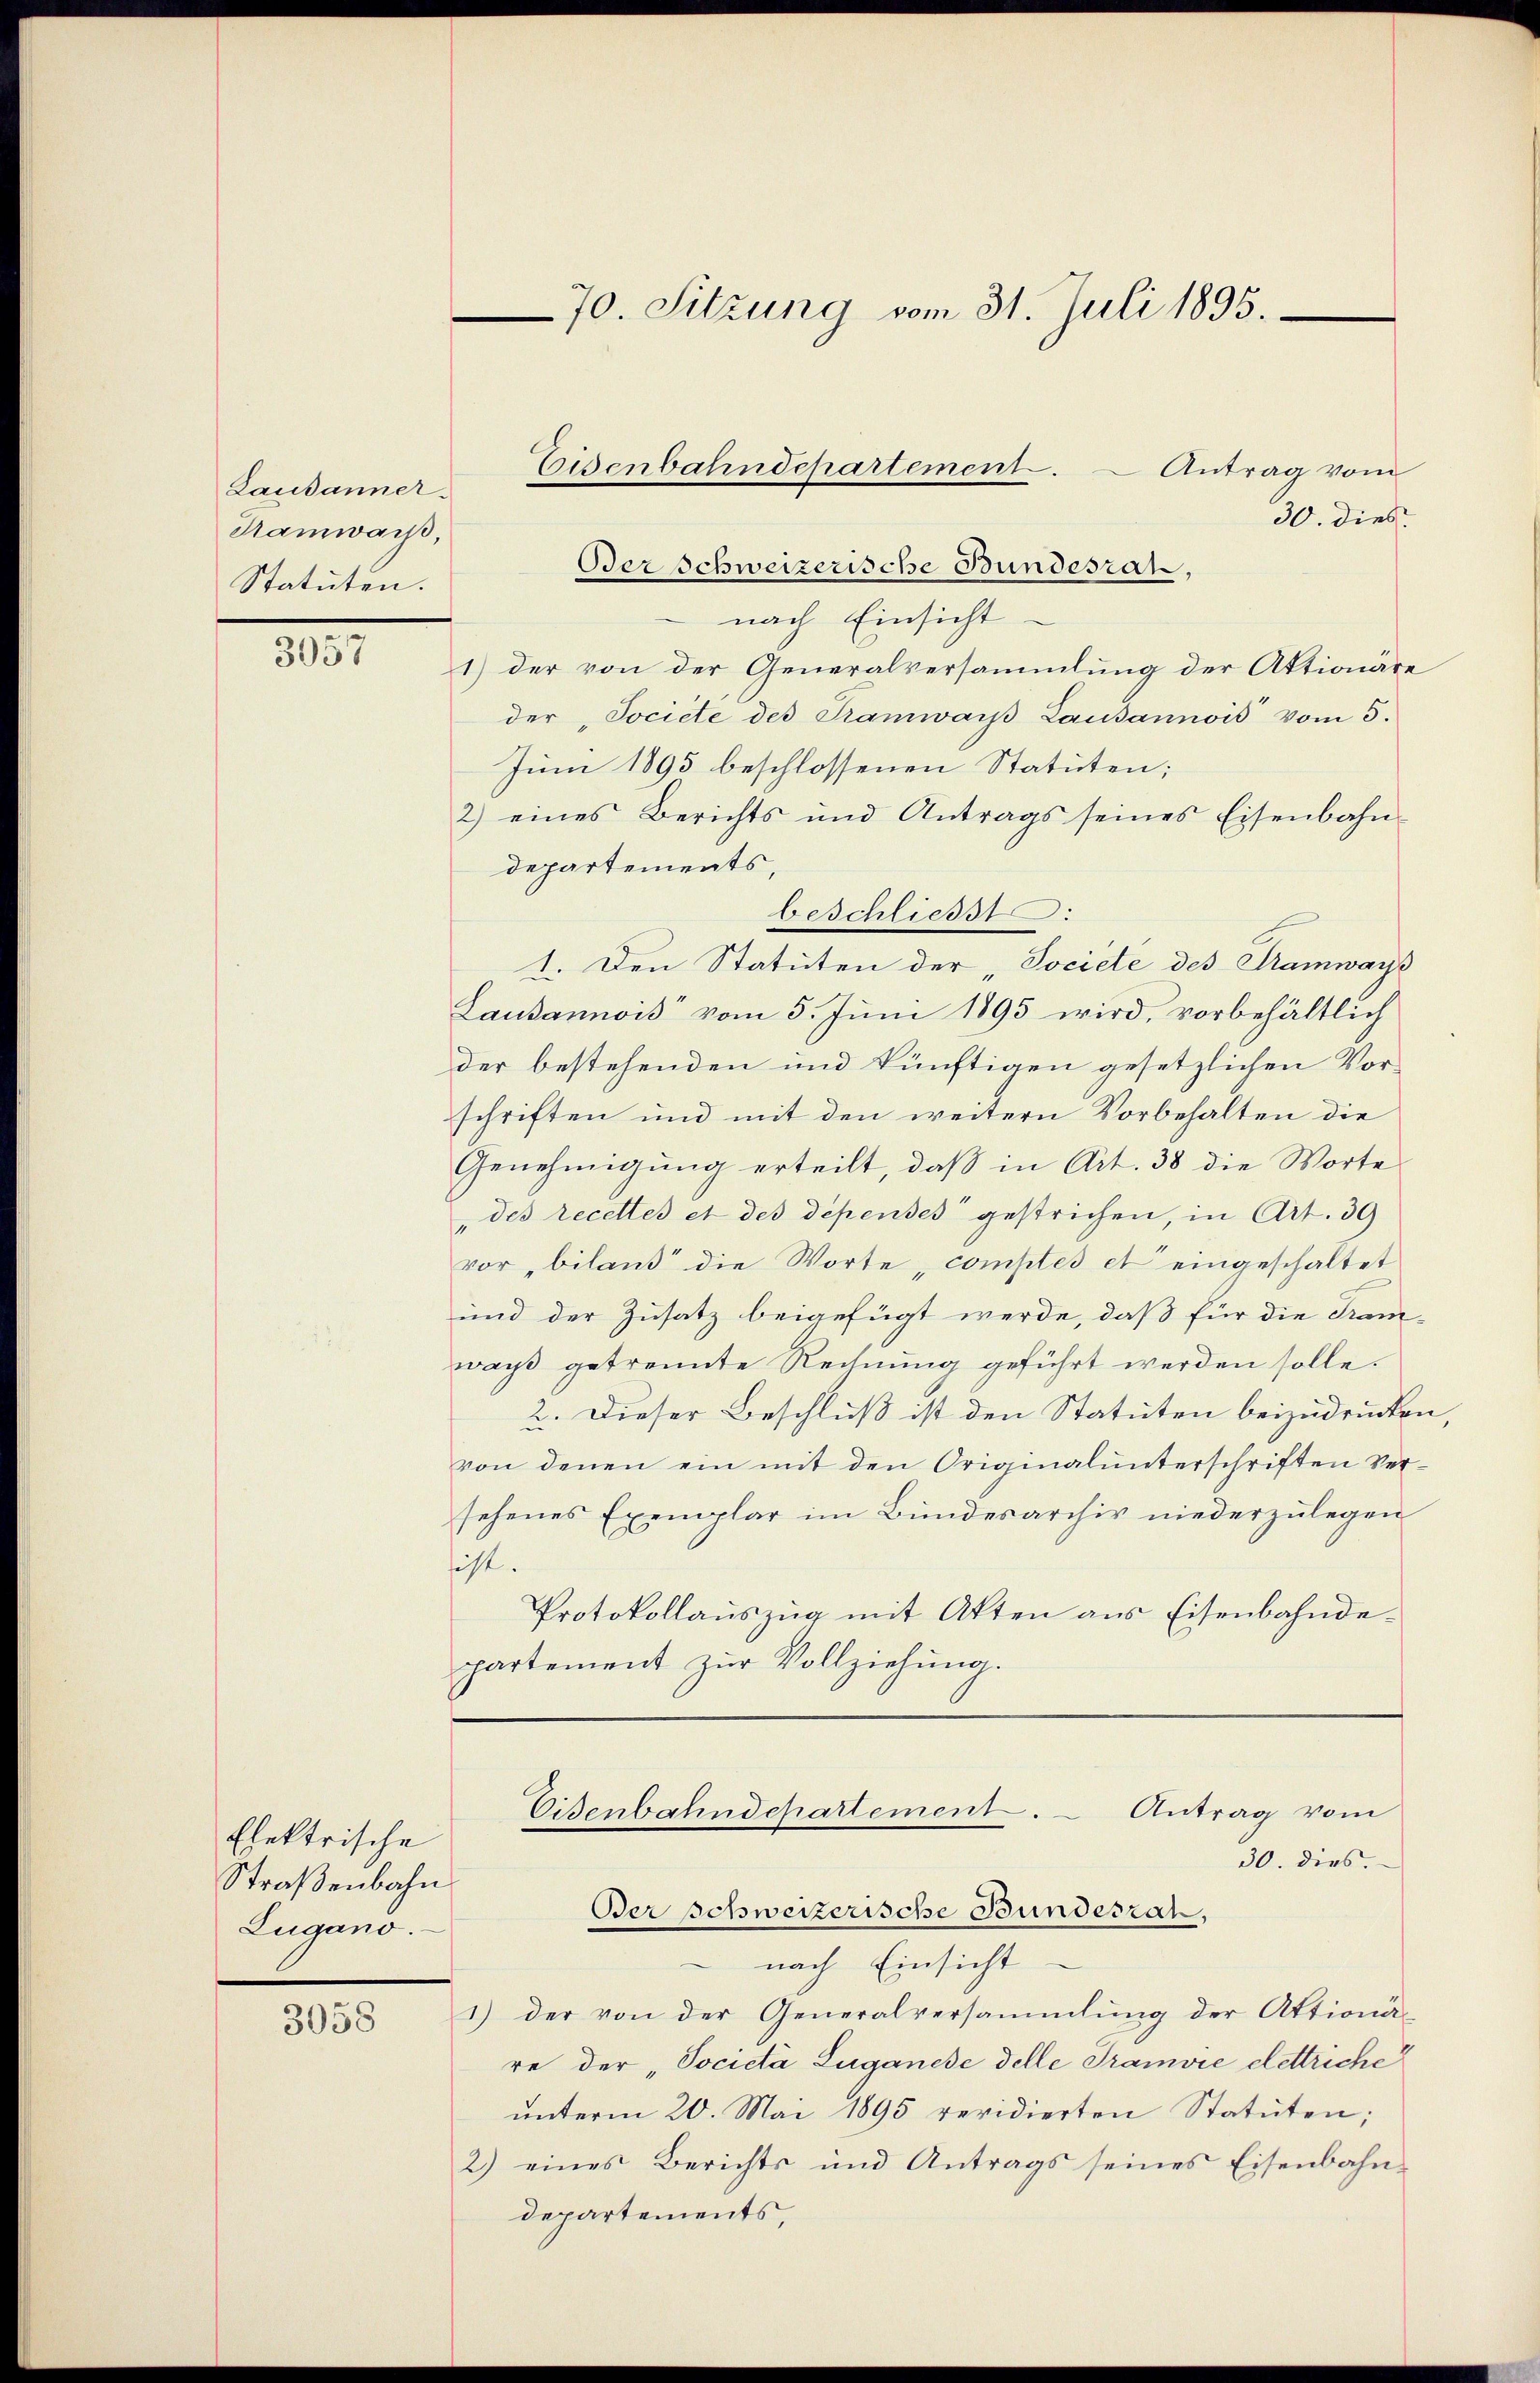
Lausanner
Samwarst,
Statuten.

3057

Elektrische
Straßenbahn
Zugano.

3058

Antrag vom
30. dies
nach Einsicht
1) der von der Generalversammlung der Aktionäre
der "Societe des Tramwars Lausannois vom 5.
Juni 1893 beschlossenen Statuten;
2) eines Berichts und Antrags seines Eisenbahn-
departements,
beschliesst:
1. Den Statuten der „Societe des Tramways
Lausannois vom 5. Juni 1895 wird, vorbehältlich
der bestehenden und künftigen gesetzlichen Vorschriften und mit den weitern Vorbehalten die
Genehmigung erteilt, daß in Art. 38 die Worte
„des recettes et des dépenses gestrichen, in Art. 39
vorbiland die Worte, comptes et eingeschaltet
und der Zusatz beigefügt werde, daß für die Tram-
way getrennte Rechnung geführt werden solle.
2. Dieser Beschluß ist den Statuten beizudrucken,
von denen ein mit den Originalunterschriften Ver-
sehenes Exemplar im Bundesarchiv niederzulegen
sicht.
Protokollauszug mit Akten aus Eisenbahndepartement zur Vollziehung.

70. Sitzung vom 31. Juli 1895.

Eisenbahndepartement.
Berschweizerische Bundesrat,

nach Einsicht
1) der von der Generalversammlung der Attionä-
re der „Società Luganese delle Tramvie elettriche
ŭnterm 20. Mai 1895 revidierten Statuten;
2) eines Berichts und Antrags seines Eisenbahn-
departements,

Eisenbahndepartement. - Antrag vom
30. dies.
Der schweizerische Bundesrat,